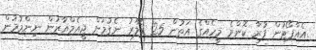
އެއާޕޯޓުން ފުރާ ކޮންމެ މީހެއްގެ އަތުން 25 ޑޮލަރު ނެގުމަށް ޖީއެމްއާރުން ނިންމުމުން